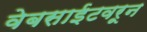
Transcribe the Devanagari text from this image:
वेबसाईटवरून